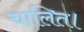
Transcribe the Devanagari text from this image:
चालित।